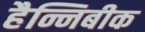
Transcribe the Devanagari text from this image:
हैन्निबीक